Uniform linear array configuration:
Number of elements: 12
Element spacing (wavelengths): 0.25
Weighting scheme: binomial
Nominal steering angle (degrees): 60
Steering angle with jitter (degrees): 59.239
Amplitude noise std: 0.05
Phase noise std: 0.05

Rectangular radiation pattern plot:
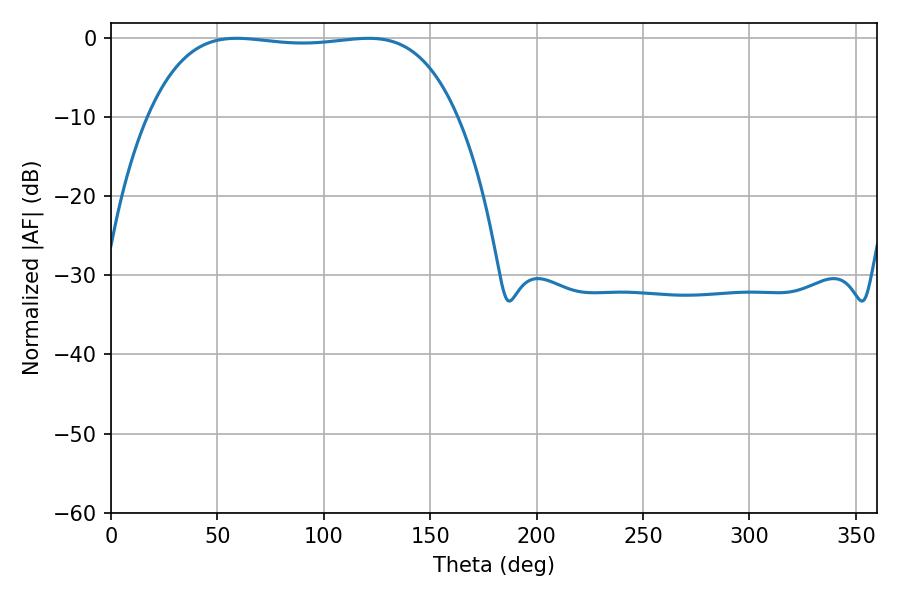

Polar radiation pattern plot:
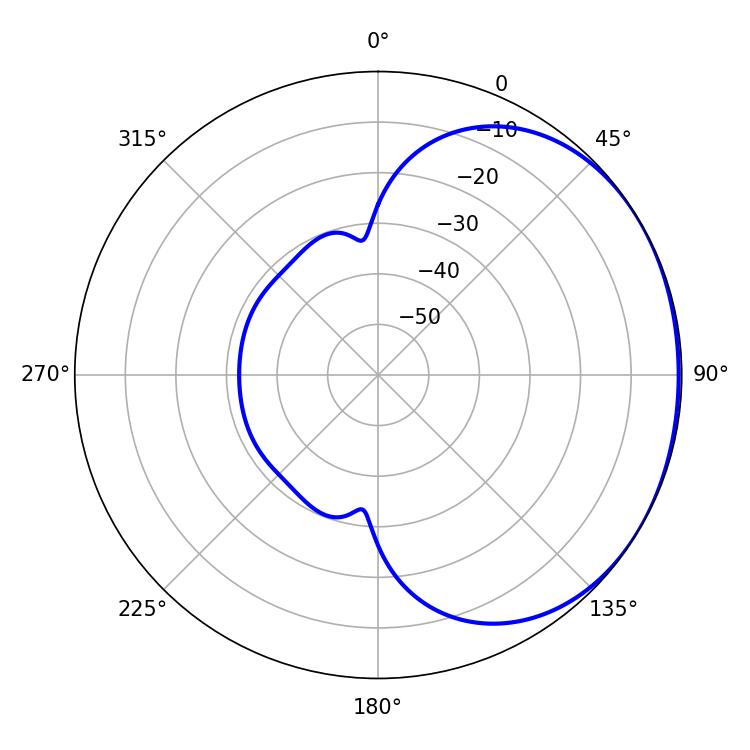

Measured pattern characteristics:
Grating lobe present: FALSE
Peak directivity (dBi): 1.016
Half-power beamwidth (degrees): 114.48
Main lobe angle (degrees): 59.04